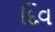
દિવ